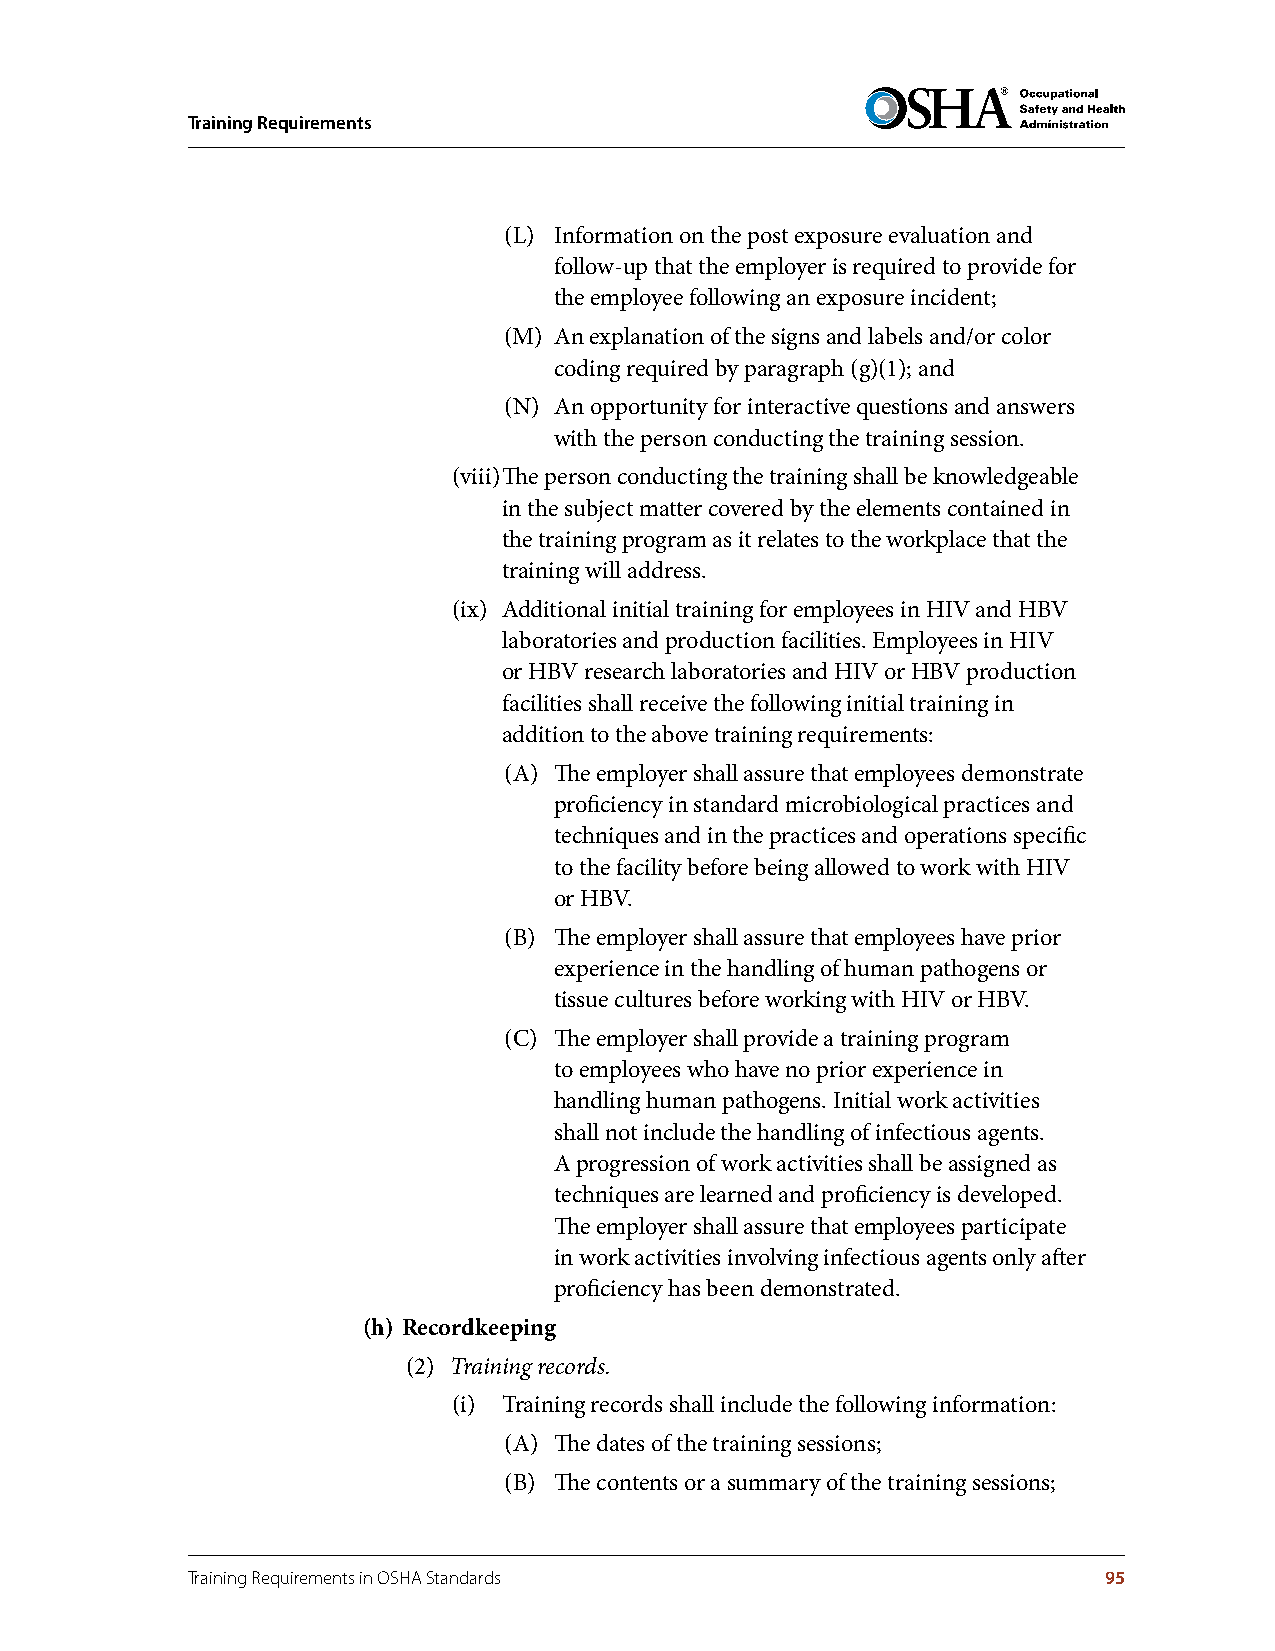
Training Requirements
 (L) Information on the post exposure evaluation and
 follow-up that the employer is required to provide for
 the employee following an exposure incident;
 (M) An explanation of the signs and labels and/or color
 coding required by paragraph (g)(1); and
 (N) An opportunity for interactive questions and answers
 with the person conducting the training session.
 (viii) The person conducting the training shall be knowledgeable
 in the subject matter covered by the elements contained in
 the training program as it relates to the workplace that the
 training will address.
 (ix) Additional initial training for employees in HIV and HBV
 laboratories and production facilities. Employees in HIV
 or HBV research laboratories and HIV or HBV production
 facilities shall receive the following initial training in
 addition to the above training requirements:
 (A) The employer shall assure that employees demonstrate
 proficiency in standard microbiological practices and
 techniques and in the practices and operations specific
 to the facility before being allowed to work with HIV
 or HBV.
 (B) The employer shall assure that employees have prior
 experience in the handling of human pathogens or
 tissue cultures before working with HIV or HBV.
 (C) The employer shall provide a training program
 to employees who have no prior experience in
 handling human pathogens. Initial work activities
 shall not include the handling of infectious agents.
 A progression of work activities shall be assigned as
 techniques are learned and proficiency is developed.
 The employer shall assure that employees participate
 in work activities involving infectious agents only after
 proficiency has been demonstrated.
 (h) Recordkeeping
 (2) Training records.
 (i) Training records shall include the following information:
 (A) The dates of the training sessions;
 (B) The contents or a summary of the training sessions;
 Training Requirements in OSHA Standards                      95